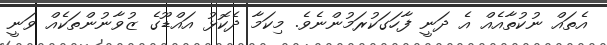
އެތައް ނުކުތާއެއް އެ ދަނީ ފާހަގަކުރަމުންނެވެ. މިކަމާ ދެކޮޅު އައްޑޫގެ ޒުވާނުންތަކެއް ވަނީ